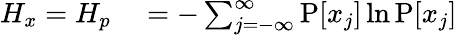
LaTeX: \begin{array}{rlr}{H_{x}=H_{p}}&{{}=-\sum_{j=-\infty}^{\infty}\operatorname{P}[x_{j}]\ln\operatorname{P}[x_{j}]}\end{array}